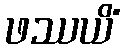
ဖဿယိံ